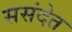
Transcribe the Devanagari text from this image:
ससंदेत